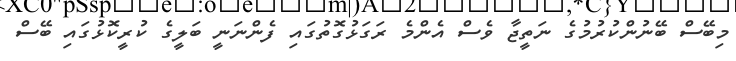
މިބޭސް ބޭނުންކުރުމުގެ ނަތީޖާ ވެސް އެންމެ ރަގަޅުގޮތުގައި ފެންނަނީ ބަލީގެ ކުރީކޮޅުގައި ބޭސް